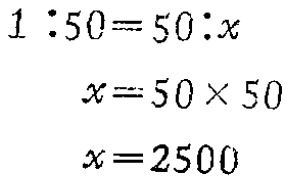
\[
\begin{align*}
1:50&=50:x\\
x&=50\times50\\
x&=2500
\end{align*}
\]